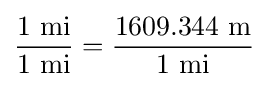
{\frac {\mathrm {1~mi} }{\mathrm {1~mi} }}={\frac {\mathrm {1609.344~m} }{\mathrm {1~mi} }}